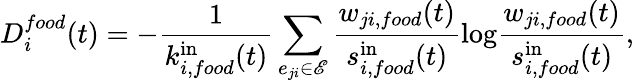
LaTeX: D_{i}^{food}(t)=-\frac{1}{k_{i,food}^{\mathrm{in}}(t)}\sum_{e_{ji}\in{\mathscr{E}}}\frac{w_{ji,food}(t)}{s_{i,food}^{\mathrm{in}}(t)}\mathrm{log}\frac{w_{ji,food}(t)}{s_{i,food}^{\mathrm{in}}(t)},